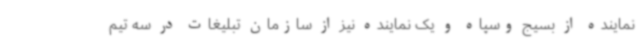
نماینده از بسیج وسپاه و یک نماینده نیز از سازمان تبلیغات در سه تیم